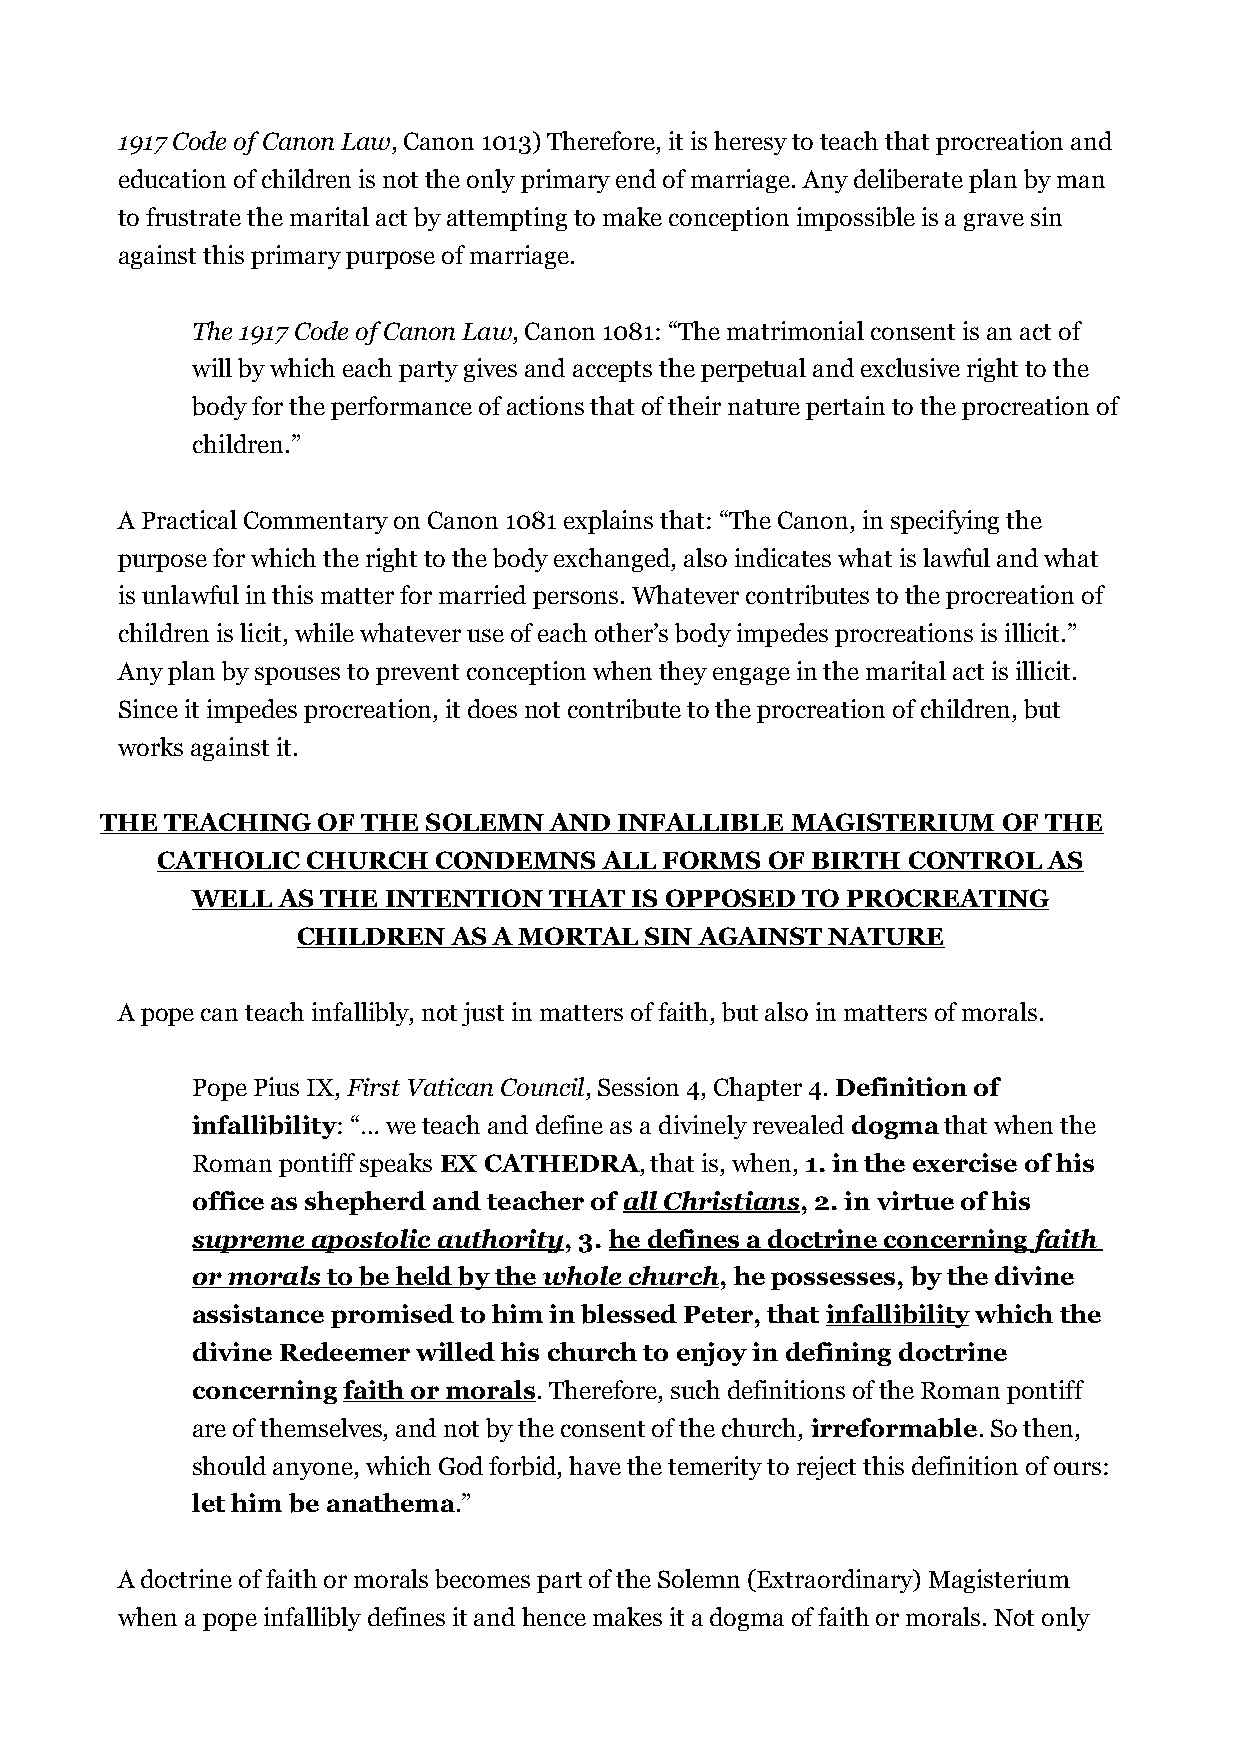
1917 Code of Canon Law, Canon 1013) Therefore, it is heresy to teach that procreation and
 education of children is not the only primary end of marriage. Any deliberate plan by man
 to frustrate the marital act by attempting to make conception impossible is a grave sin
 against this primary purpose of marriage.
 The 1917 Code of Canon Law, Canon 1081: “The matrimonial consent is an act of
 will by which each party gives and accepts the perpetual and exclusive right to the
 body for the performance of actions that of their nature pertain to the procreation of
 children.”
 A Practical Commentary on Canon 1081 explains that: “The Canon, in specifying the
 purpose for which the right to the body exchanged, also indicates what is lawful and what
 is unlawful in this matter for married persons. Whatever contributes to the procreation of
 children is licit, while whatever use of each other’s body impedes procreations is illicit.”
 Any plan by spouses to prevent conception when they engage in the marital act is illicit.
 Since it impedes procreation, it does not contribute to the procreation of children, but
 works against it.
 THE TEACHING  OF THE SOLEMN  AND  INFALLIBLE MAGISTERIUM   OF THE
 CATHOLIC  CHURCH   CONDEMNS   ALL FORMS  OF BIRTH CONTROL  AS
 WELL AS THE INTENTION  THAT  IS OPPOSED TO PROCREATING
 CHILDREN  AS A MORTAL  SIN AGAINST NATURE
 A pope can teach infallibly, not just in matters of faith, but also in matters of morals.
 Pope Pius IX, First Vatican Council, Session 4, Chapter 4. Definition of
 infallibility: “… we teach and define as a divinely revealed dogma that when the
 Roman pontiff speaks EX CATHEDRA, that is, when, 1. in the exercise of his
 office as shepherd and teacher of all Christians, 2. in virtue of his
 supreme apostolic authority, 3. he defines a doctrine concerning faith
 or morals to be held by the whole church , he possesses, by the divine
 assistance promised to him in blessed Peter, that infallibility which the
 divine Redeemer willed his church to enjoy in defining doctrine
 concerning faith or morals. Therefore, such definitions of the Roman pontiff
 are of themselves, and not by the consent of the church, irreformable. So then,
 should anyone, which God forbid, have the temerity to reject this definition of ours:
 let him be anathema.”
 A doctrine of faith or morals becomes part of the Solemn (Extraordinary) Magisterium
 when a pope infallibly defines it and hence makes it a dogma of faith or morals. Not only